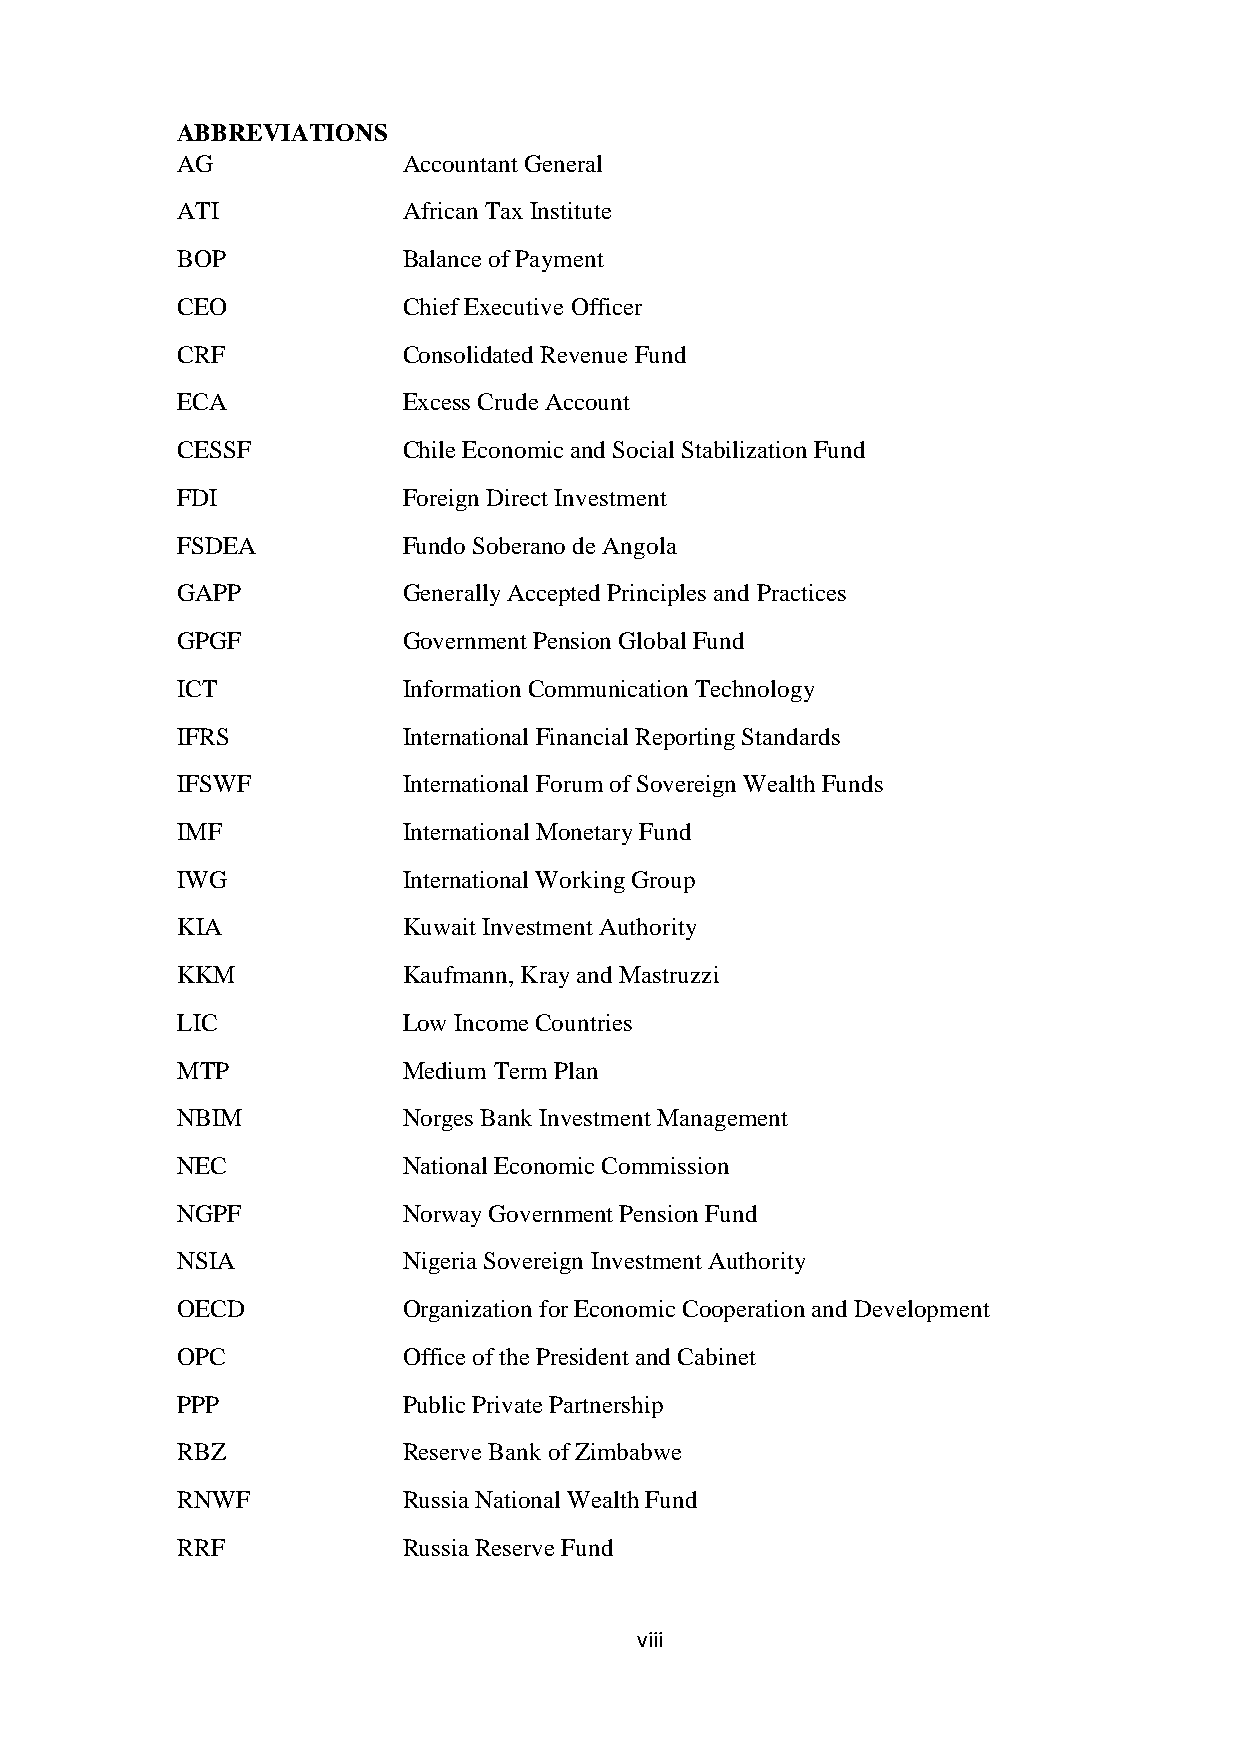
ABBREVIATIONS
 AG             Accountant General
 ATI            African Tax Institute
 BOP            Balance of Payment
 CEO            Chief Executive Officer
 CRF            Consolidated Revenue Fund
 ECA            Excess Crude Account
 CESSF          Chile Economic and Social Stabilization Fund
 FDI            Foreign Direct Investment
 FSDEA          Fundo Soberano de Angola
 GAPP           Generally Accepted Principles and Practices
 GPGF           Government Pension Global Fund
 ICT            Information Communication Technology
 IFRS           International Financial Reporting Standards
 IFSWF          International Forum of Sovereign Wealth Funds
 IMF            International Monetary Fund
 IWG            International Working Group
 KIA            Kuwait Investment Authority
 KKM            Kaufmann, Kray and Mastruzzi
 LIC            Low Income Countries
 MTP            Medium Term Plan
 NBIM           Norges Bank Investment Management
 NEC            National Economic Commission
 NGPF           Norway Government Pension Fund
 NSIA           Nigeria Sovereign Investment Authority
 OECD           Organization for Economic Cooperation and Development
 OPC            Office of the President and Cabinet
 PPP            Public Private Partnership
 RBZ            Reserve Bank of Zimbabwe
 RNWF           Russia National Wealth Fund
 RRF            Russia Reserve Fund
 viii